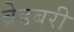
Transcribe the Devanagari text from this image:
ब्रेडबरी